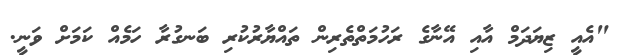
"އެއީ ޒިޔަދަމް އާއި އޭނާގެ ރަހުމަތްތެރިން ތައްޔާރުކުރި ބަނގުރާ ހަމެއް ކަމަށް ވަނީ.